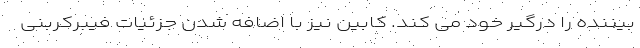
بیننده را درگیر خود می کند. کابین نیز با اضافه شدن جزئیات فیبرکربنی